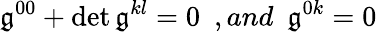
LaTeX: \mathfrak{g}^{00}+\operatorname*{det}\mathfrak{g}^{kl}=0\ \ ,and\ \ \mathfrak{g}^{0k}=0